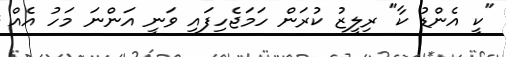
"ކީ އެންޑު ކާ" ރިލީޒު ކުރަން ހަމަޖެހިފައި ވަނީ އަންނަ މަހު އެެއް